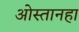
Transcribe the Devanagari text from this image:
ओस्तानहा